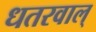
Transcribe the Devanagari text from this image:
धतरवाल्